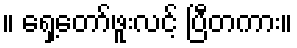
။ ရှေ့တော်ဖူးလင့် ပြီတကား။